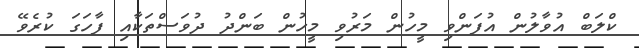
ކްލަބް އުވާލުން އުފަންވި މީހުން މަރުވި މީހުން ބަންދު ދުވަސްތަކާއި ފާހަގަ ކުރެވޭ